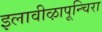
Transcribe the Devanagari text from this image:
इलावीऴापून्चिरा